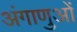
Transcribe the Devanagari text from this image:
अंगाणुओं